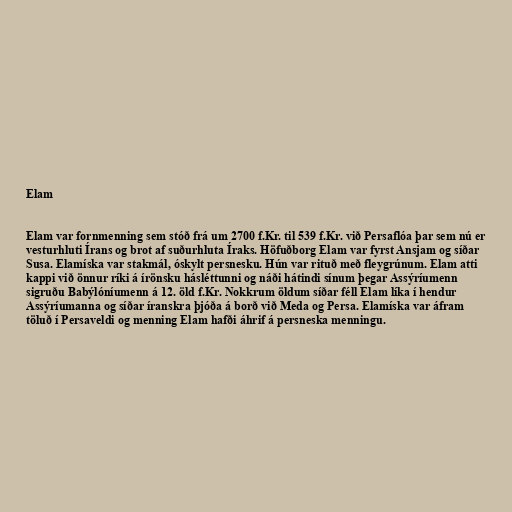
Elam

Elam var fornmenning sem stóð frá um 2700 f.Kr. til 539 f.Kr. við Persaflóa þar sem nú er
vesturhluti Írans og brot af suðurhluta Íraks. Höfuðborg Elam var fyrst Ansjam og síðar
Susa. Elamíska var stakmál, óskylt persnesku. Hún var rituð með fleygrúnum. Elam atti
kappi við önnur ríki á írönsku hásléttunni og náði hátindi sínum þegar Assýríumenn
sigruðu Babýlóníumenn á 12. öld f.Kr. Nokkrum öldum síðar féll Elam líka í hendur
Assýríumanna og síðar íranskra þjóða á borð við Meda og Persa. Elamíska var áfram
töluð í Persaveldi og menning Elam hafði áhrif á persneska menningu.